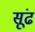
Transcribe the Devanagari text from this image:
सूंढ